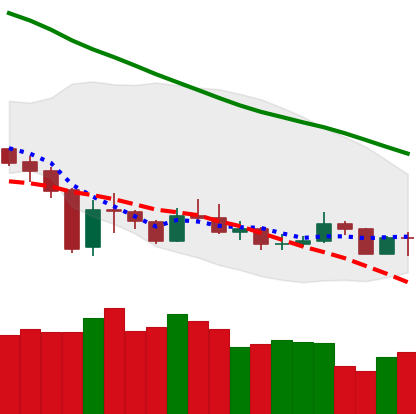
Ticker: XMR-USD
Chart end date: 2020-01-02
Forward return: 28.566%
Label: up_7plus